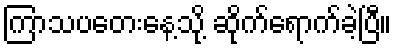
ကြာသပတေးနေ့သို့ ဆိုက်ရောက်ခဲ့ပြီ။